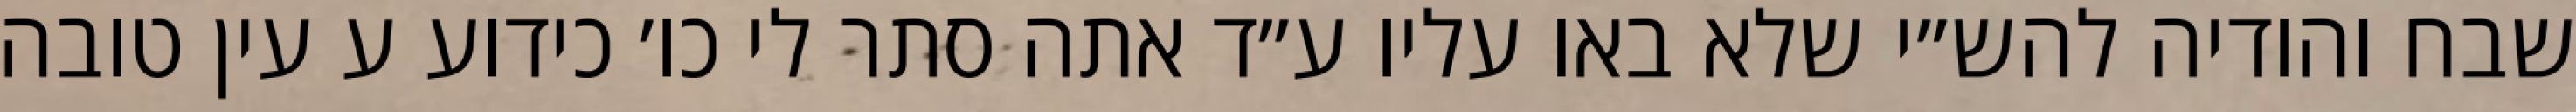
שבח והודיה להש״י שלא באו עליו ע״ד אתה סתר לי כו׳ כידוע ע עין טובה